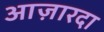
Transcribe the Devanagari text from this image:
आज़ारदा